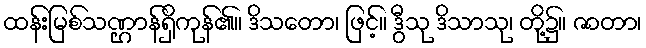
ထန်းမြစ်သဏ္ဌာန်ရှိကုန်၏။ ဒိသတော၊ ဖြင့်။ ဒွီသု ဒိသာသု၊ တို့၌။ ဇာတာ၊